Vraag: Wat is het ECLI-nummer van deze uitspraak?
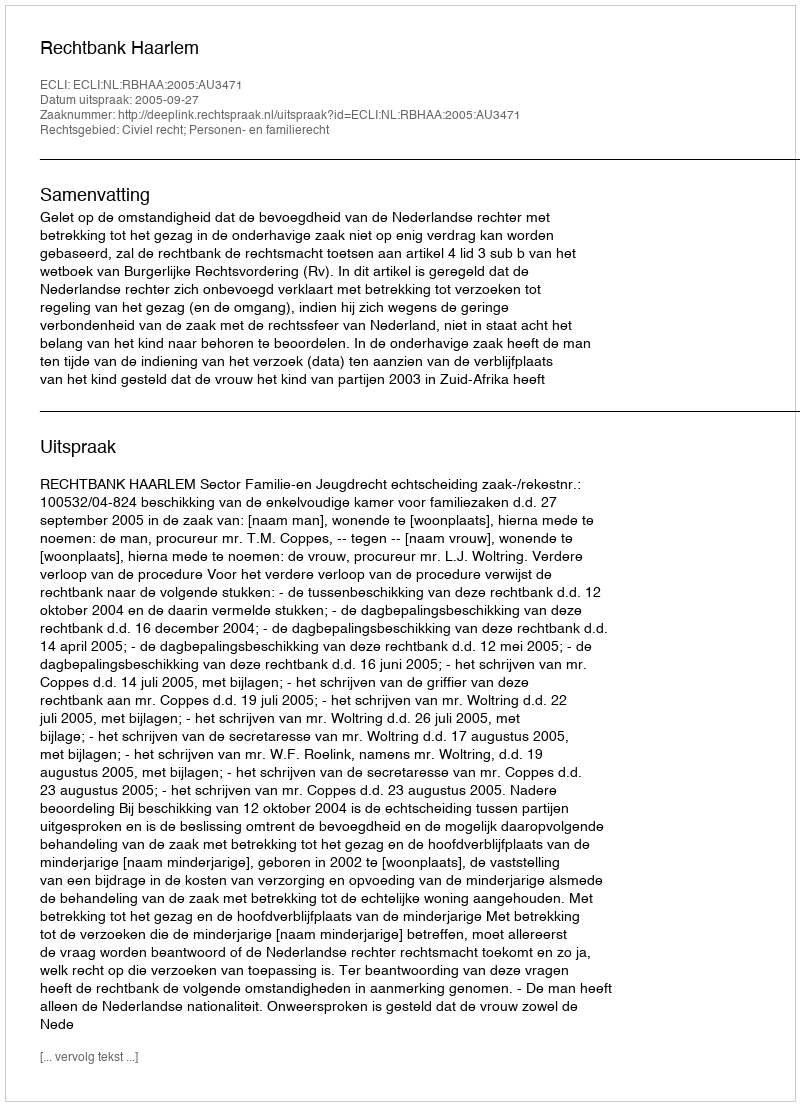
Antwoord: ECLI:NL:RBHAA:2005:AU3471